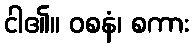
ငါ၏။ ဝစနံ၊ စကား